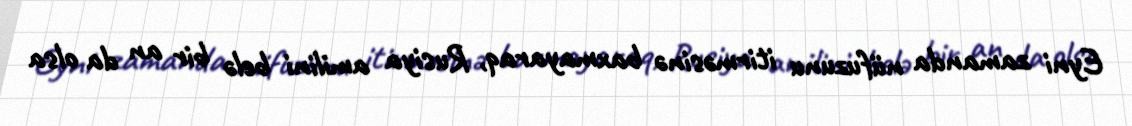
Eyni zamanda nüfuzunu itirməsinə baxmayaraq, Rusiya amilini belə bir an da olsa